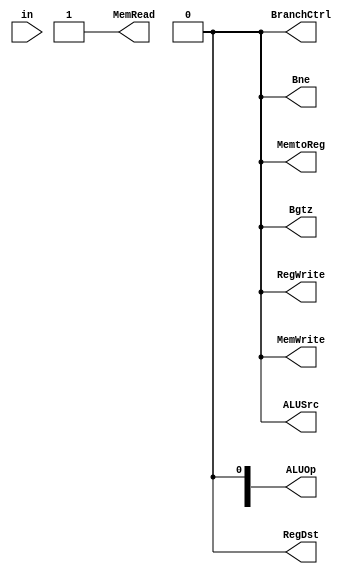
// FAKE CONTROL until real one is wired up

`timescale 1ns/10ps

module fake_control(in, ALUOp, RegDst, BranchCtrl, 
      MemRead,MemtoReg,MemWrite,ALUSrc,RegWrite,
      Bne, Bgtz);
   input [5:0] in;
   output wire [2:0] ALUOp;
   output wire RegDst, BranchCtrl, MemRead, MemtoReg, MemWrite, ALUSrc, RegWrite, Bne, Bgtz;

   assign RegDst = 1'b0;
   assign BranchCtrl = 1'b0;
   assign MemRead = 1'b1;
   assign MemtoReg = 1'b0;
   assign MemWrite = 1'b0;
   assign ALUSrc = 1'b0;
   assign RegWrite = 1'b0;
   assign ALUOP = 3'b111;
   assign Bne = 1'b0;
   assign Bgtz = 1'b0;

endmodule